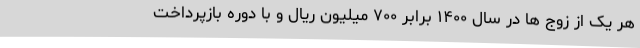
هر یک از زوج ها در سال ۱۴۰۰ برابر ۷۰۰ میلیون ریال و با دوره بازپرداخت